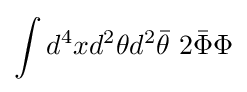
\int d^{4}xd^{2}\theta d^{2}{\bar {\theta }}\,\,2{\bar {\Phi }}\Phi